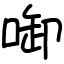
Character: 啣